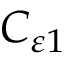
C _ { \varepsilon 1 }